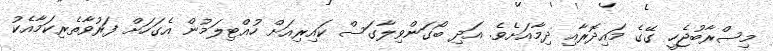
މިސްރާބުޖެހީ ގޭގެ މައިދޮރާއި ދިމާއަށެވެ. އަދި ބޯގަންވިލާގަސް ކައިރިއަށް ހުއްޓިލަމުން އެގަހަށް ފަރުވާތެރިކަމާއެކު